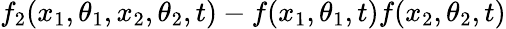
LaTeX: f_{2}(x_{1},\theta_{1},x_{2},\theta_{2},t)-f(x_{1},\theta_{1},t)f(x_{2},\theta_{2},t)